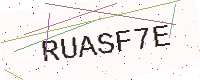
Text: RUASF7E